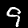
Label: 9